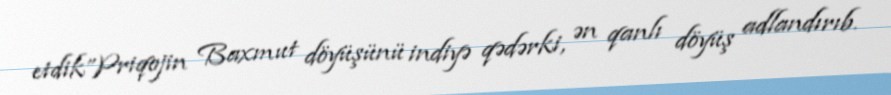
etdik”Priqojin Baxmut döyüşünü indiyə qədərki, ən qanlı döyüş adlandırıb.